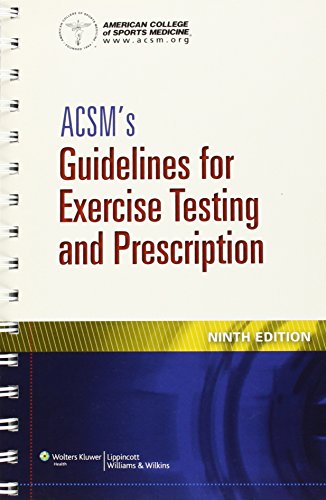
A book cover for ACSM's Guidelines for Exercise Testing and Prescription; Medical Books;